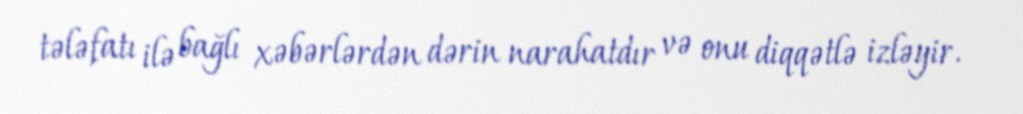
tələfatı ilə bağlı xəbərlərdən dərin narahatdır və onu diqqətlə izləyir.